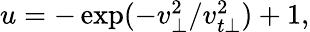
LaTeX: \begin{array}{r}{u=-\exp(-{v_{\perp}^{2}}/{v_{t\perp}^{2}})+1,}\end{array}